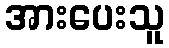
အားပေးသူ